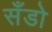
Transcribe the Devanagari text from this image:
सँडो